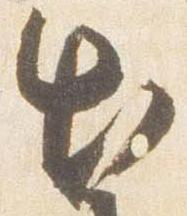
出